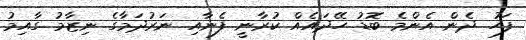
ފަހު ދެން އެންމެ ބޮޑު ހޭދައެއް ކުރާނީ ފެނާއި ނަރުދަމާގެ ނިޒާމު ގާއިމު